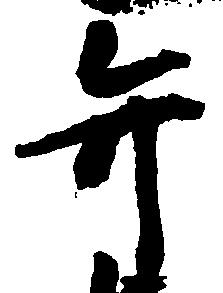
弁